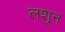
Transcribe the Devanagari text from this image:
लशुन